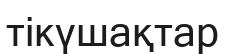
тікүшақтар